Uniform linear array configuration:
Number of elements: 16
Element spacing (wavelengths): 1
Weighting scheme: hann
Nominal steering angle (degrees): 30
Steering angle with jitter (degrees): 30.167
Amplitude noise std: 0.05
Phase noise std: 0.05

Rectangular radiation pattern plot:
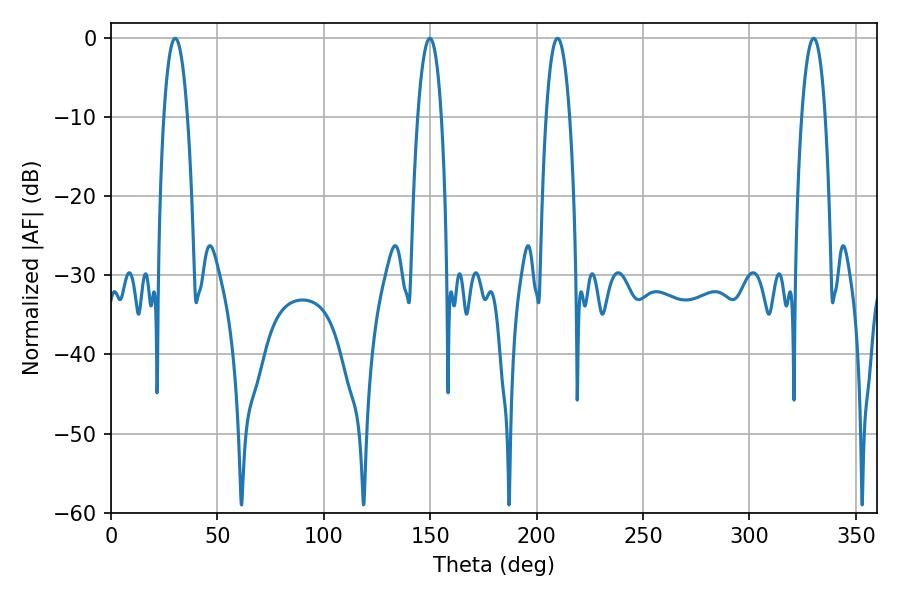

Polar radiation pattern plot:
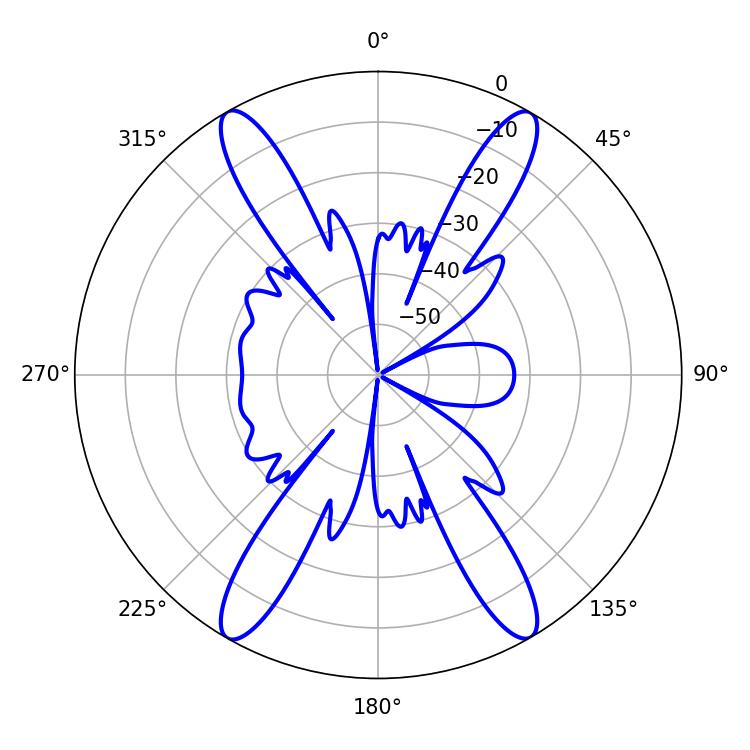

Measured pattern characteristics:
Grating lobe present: TRUE
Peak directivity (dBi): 31.308
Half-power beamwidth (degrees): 6.12
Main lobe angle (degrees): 330.12